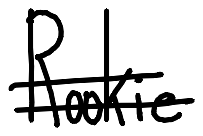
Text: Rookie
Cross-out: double-line
Writing tool: digital_black